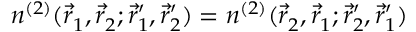
{ n ^ { ( 2 ) } ( \vec { r } _ { 1 } ^ { \ } , \vec { r } _ { 2 } ^ { \ } ; \vec { r } _ { 1 } ^ { \prime } , \vec { r } _ { 2 } ^ { \prime } ) = n ^ { ( 2 ) } ( \vec { r } _ { 2 } ^ { \ } , \vec { r } _ { 1 } ^ { \ } ; \vec { r } _ { 2 } ^ { \prime } , \vec { r } _ { 1 } ^ { \prime } ) }